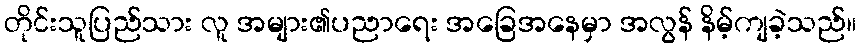
တိုင်းသူပြည်သား လူ အများ၏ပညာရေး အခြေအနေမှာ အလွန် နိမ့်ကျခဲ့သည်။